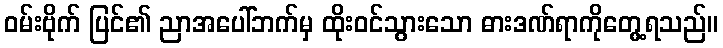
ဝမ်းဗိုက် ပြင်၏ ညာအပေါ်ဘက်မှ ထိုးဝင်သွားသော ဓားဒဏ်ရာကိုတွေ့ရသည်။